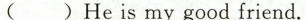
( )He is my good friend.